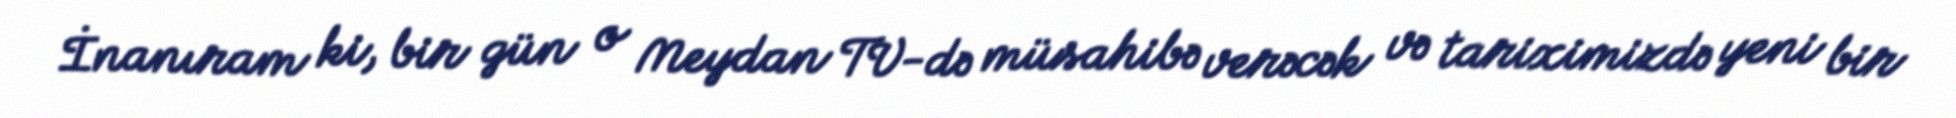
İnanıram ki, bir gün o Meydan TV-də müsahibə verəcək və tariximizdə yeni bir